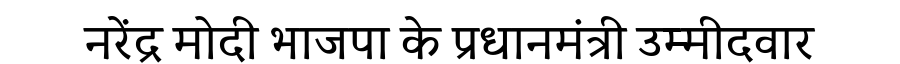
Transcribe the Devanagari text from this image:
नरेंद्र मोदी भाजपा के प्रधानमंत्री उम्मीदवार